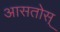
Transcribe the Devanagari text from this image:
आसतोस्